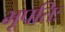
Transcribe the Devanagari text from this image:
भूपतिः